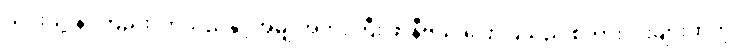
ယင်းသို့ နာကြည်းလာသည်နှင့်အမျှ အဘိုးကြီး ဖာနီဗယ် ပြောပြသည့် စကားလုံးများထဲကို